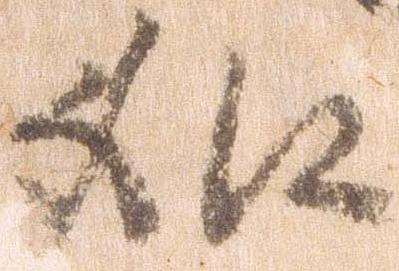
如